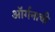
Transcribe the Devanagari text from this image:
ऑर्गनाची